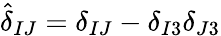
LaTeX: {\hat{\delta}}_{IJ}=\delta_{IJ}-\delta_{I3}\delta_{J3}